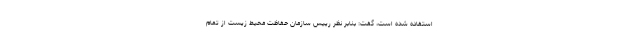
استفاده شده است، گفت: بنابر نظر رییس سازمان حفاظت محیط زیست از تمام